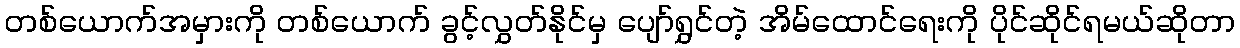
တစ်ယောက်အမှားကို တစ်ယောက် ခွင့်လွှတ်နိုင်မှ ပျော်ရွှင်တဲ့ အိမ်ထောင်ရေးကို ပိုင်ဆိုင်ရမယ်ဆိုတာ